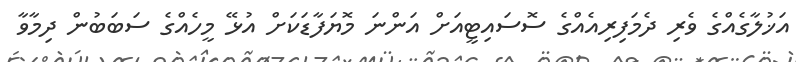
އަޚުލާގެއްގެ ވެރި ދެމަފިރިއެއްގެ ސޮސައިޓީއަށް އަންނަ މޮޔަފާޑަކަށް އުޅޭ މީހެއްގެ ސަބަބުން ދިމާވާ